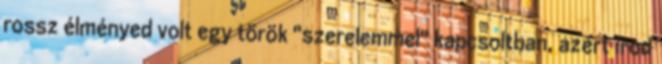
rossz élményed volt egy török "szerelemmel" kapcsoltban, azért írod